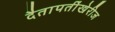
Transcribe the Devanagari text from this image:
दैतापतींखेरीज